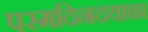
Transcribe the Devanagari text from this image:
परमदिनदयाळा